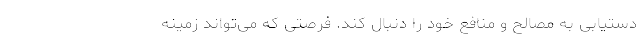
دستیابی به مصالح و منافع خود را دنبال کند. فرصتی که می‌تواند زمینه